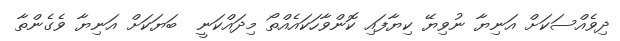
ދިވެއްސަކަށް އަނިޔާ ނުވިޔޭ ކިޔާފައި ކޮންވާހަކައެއްތޯ މިދައްކަނީ  ބަޔަކަަށް އަނިޔާ ވެގެންތާ